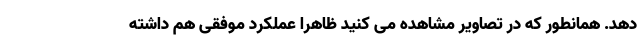
دهد. همانطور که در تصاویر مشاهده می کنید ظاهرا عملکرد موفقی هم داشته